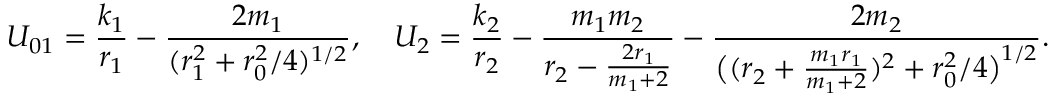
U _ { 0 1 } = \frac { k _ { 1 } } { r _ { 1 } } - \frac { 2 m _ { 1 } } { ( r _ { 1 } ^ { 2 } + r _ { 0 } ^ { 2 } / 4 ) ^ { 1 / 2 } } , \quad U _ { 2 } = \frac { k _ { 2 } } { r _ { 2 } } - \frac { m _ { 1 } m _ { 2 } } { r _ { 2 } - \frac { 2 r _ { 1 } } { m _ { 1 } + 2 } } - \frac { 2 m _ { 2 } } { \big ( ( r _ { 2 } + \frac { m _ { 1 } r _ { 1 } } { m _ { 1 } + 2 } ) ^ { 2 } + r _ { 0 } ^ { 2 } / 4 \big ) ^ { 1 / 2 } } .